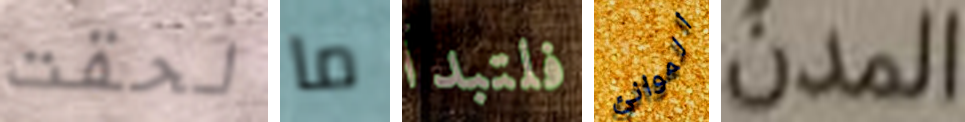
لحقت ما فلتبدأ الموانئ المدن